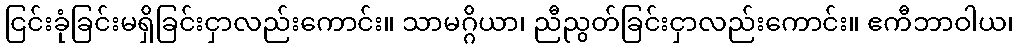
ငြင်းခုံခြင်းမရှိခြင်းငှာလည်းကောင်း။ သာမဂ္ဂိယာ၊ ညီညွတ်ခြင်းငှာလည်းကောင်း။ ဧကီဘာဝါယ၊